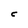
Character: C